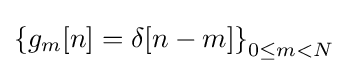
\left\{g_{m}[n]=\delta [n-m]\right\}_{0\leq m<N}